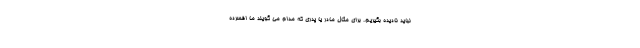
نباید نادیده بگیریم. برای مثال مادر یا پدری که مدام می گویند ما افسرده